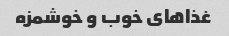
غذاهای خوب و خوشمزه